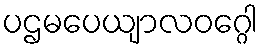
ပဌမပေယျာလဝဂ္ဂေါ